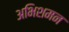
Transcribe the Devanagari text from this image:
अभिशमन